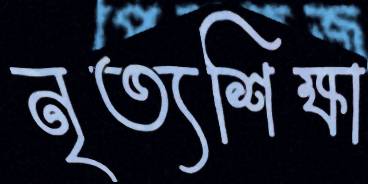
নৃত্যশিক্ষা